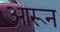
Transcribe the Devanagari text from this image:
आरून